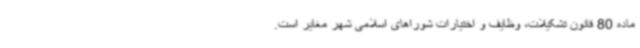
ماده 80 قانون تشکیلات، وظایف و اختیارات شوراهای اسلامی شهر مغایر است.